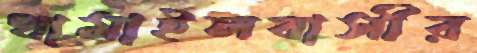
ধামাইলবাসীর